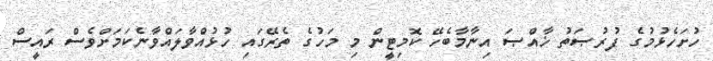
ހުށަހެޅުމުގެ ފުރުޞަތު ޚާއްޞަ އިނާމާބެހޭ ކޮމިޓީން މި މަހުގެ ތެރޭގައި ހުޅުއްވާލައްވާނެކަމަށްވެސް ރައީސް